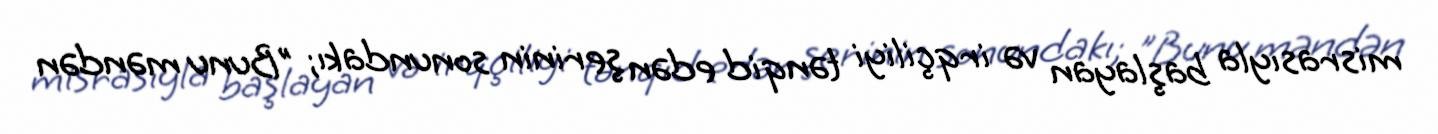
misrasıyla başlayan və irqçiliyi tənqid edən şerinin sonundakı; "Bunu məndən